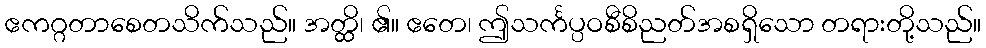
ဧကဂ္ဂတာစေတသိက်သည်။ အတ္ထိ၊ ၏။ ဧတေ၊ ဤသင်္ကပ္ပဝစီစိညတ်အစရှိသော တရားတို့သည်။